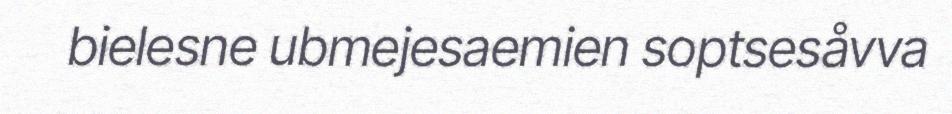
bielesne ubmejesaemien soptsesåvva